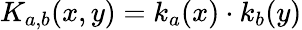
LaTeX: K_{a,b}(x,y)=k_{a}(x)\cdot k_{b}(y)